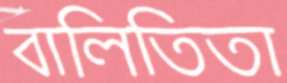
বালিতিতা